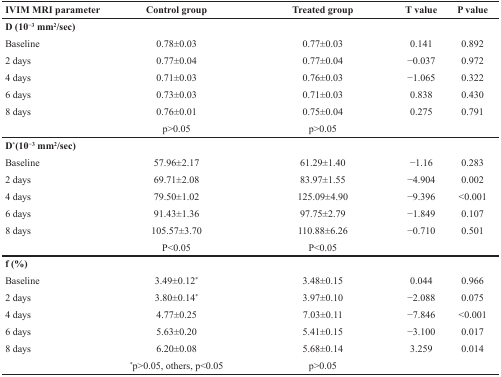
<table><thead><tr><td><b>IVIM MRI parameter</b></td><td><b>Control group</b></td><td><b>Treated group</b></td><td><b>T value</b></td><td><b>P value</b></td></tr></thead><tbody><tr><td><b>D (10</b><sup>−3</sup><b>mm</b><sup>2</sup><b>/sec)</b></td><td>[EMPTY_CELL]</td><td>[EMPTY_CELL]</td><td>[EMPTY_CELL]</td><td>[EMPTY_CELL]</td></tr><tr><td>Baseline</td><td>0.78±0.03</td><td>0.77±0.03</td><td>0.141</td><td>0.892</td></tr><tr><td>2 days</td><td>0.77±0.04</td><td>0.77±0.04</td><td>−0.037</td><td>0.972</td></tr><tr><td>4 days</td><td>0.71±0.03</td><td>0.76±0.03</td><td>−1.065</td><td>0.322</td></tr><tr><td>6 days</td><td>0.73±0.03</td><td>0.71±0.03</td><td>0.838</td><td>0.430</td></tr><tr><td>8 days</td><td>0.76±0.01</td><td>0.75±0.04</td><td>0.275</td><td>0.791</td></tr><tr><td>[EMPTY_CELL]</td><td>p&gt;0.05</td><td>p&gt;0.05</td><td>[EMPTY_CELL]</td><td>[EMPTY_CELL]</td></tr><tr><td><b>D</b><sup>*</sup><b>(10</b><sup>−3</sup><b>mm</b><sup>2</sup><b>/sec)</b></td><td>[EMPTY_CELL]</td><td>[EMPTY_CELL]</td><td>[EMPTY_CELL]</td><td>[EMPTY_CELL]</td></tr><tr><td>Baseline</td><td>57.96±2.17</td><td>61.29±1.40</td><td>−1.16</td><td>0.283</td></tr><tr><td>2 days</td><td>69.71±2.08</td><td>83.97±1.55</td><td>−4.904</td><td>0.002</td></tr><tr><td>4 days</td><td>79.50±1.02</td><td>125.09±4.90</td><td>−9.396</td><td>&lt;0.001</td></tr><tr><td>6 days</td><td>91.43±1.36</td><td>97.75±2.79</td><td>−1.849</td><td>0.107</td></tr><tr><td>8 days</td><td>105.57±3.70</td><td>110.88±6.26</td><td>−0.710</td><td>0.501</td></tr><tr><td>[EMPTY_CELL]</td><td>P&lt;0.05</td><td>P&lt;0.05</td><td>[EMPTY_CELL]</td><td>[EMPTY_CELL]</td></tr><tr><td><b>f (%)</b></td><td>[EMPTY_CELL]</td><td>[EMPTY_CELL]</td><td>[EMPTY_CELL]</td><td>[EMPTY_CELL]</td></tr><tr><td>Baseline</td><td>3.49±0.12<sup>*</sup></td><td>3.48±0.15</td><td>0.044</td><td>0.966</td></tr><tr><td>2 days</td><td>3.80±0.14<sup>*</sup></td><td>3.97±0.10</td><td>−2.088</td><td>0.075</td></tr><tr><td>4 days</td><td>4.77±0.25</td><td>7.03±0.11</td><td>−7.846</td><td>&lt;0.001</td></tr><tr><td>6 days</td><td>5.63±0.20</td><td>5.41±0.15</td><td>−3.100</td><td>0.017</td></tr><tr><td>8 days</td><td>6.20±0.08</td><td>5.68±0.14</td><td>3.259</td><td>0.014</td></tr><tr><td>[EMPTY_CELL]</td><td><sup>*</sup>p&gt;0.05, others, p&lt;0.05</td><td>p&gt;0.05</td><td>[EMPTY_CELL]</td><td>[EMPTY_CELL]</td></tr></tbody></table>